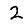
Digit: 2